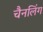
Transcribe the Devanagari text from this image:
चैनलिंग